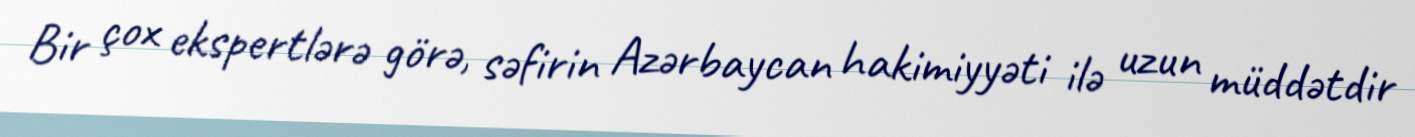
Bir çox ekspertlərə görə, səfirin Azərbaycan hakimiyyəti ilə uzun müddətdir